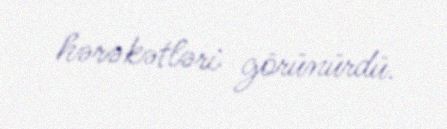
hərəkətləri görünürdü.